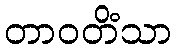
တာဝတိံသာ